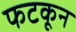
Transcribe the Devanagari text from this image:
फटकून